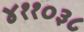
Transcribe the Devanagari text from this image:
४११०३८